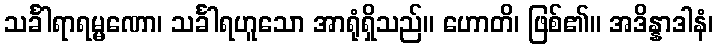
သင်္ခါရာရမ္မဏော၊ သင်္ခါရဟူသော အာရုံရှိသည်။ ဟောတိ၊ ဖြစ်၏။ အဒိန္နာဒါနံ၊